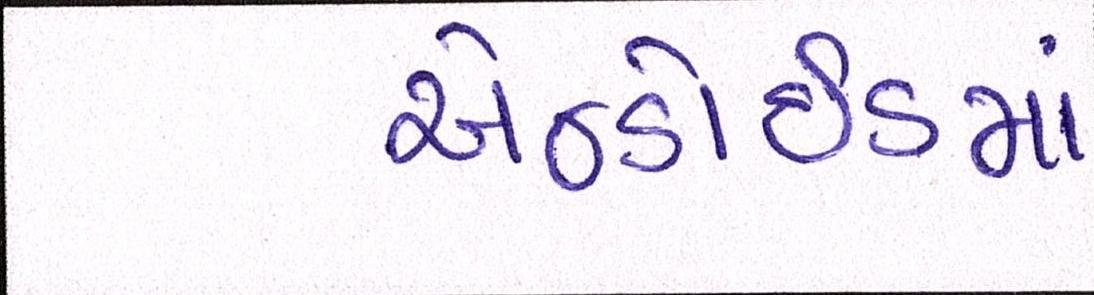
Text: એન્ડ્રોઇડમાં